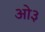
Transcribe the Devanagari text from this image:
ओ३